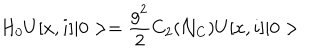
H _ { 0 } U [ x , i ] \vert 0 > = { \frac { g ^ { 2 } } { 2 } } C _ { 2 } ( { \cal N } _ { C } ) U [ x , i ] \vert 0 >